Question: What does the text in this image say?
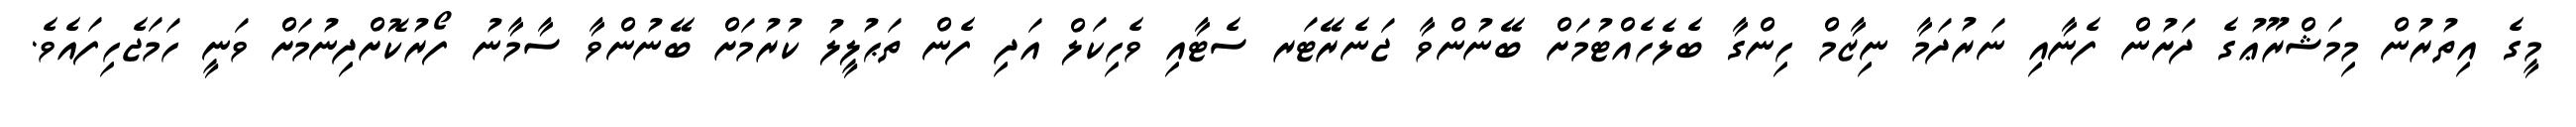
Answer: މީގެ އިތުރުން މިމަޝްރޫޢުގެ ދަށުން ފެނާއި ނަރުދަމާ ނިޒާމް ހިންގާ ބެލެހެއްޓުމަށް ބޭނުންވާ ޖަނެރޭޓަރ ސެޓާއި ވެހިކަލް އަދި ފެން ތަޙުލީލު ކުރުމަށް ބޭނުންވާ ސާމާނު ފޯރުކޮށްދިނުމަށް ވަނީ ހަމަޖެހިފައެވެ.